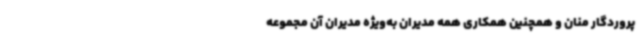
پروردگار منان و همچنین همکاری همه مدیران به‌ویژه مدیران آن مجموعه